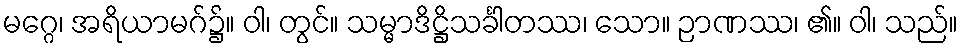
မဂ္ဂေ၊ အရိယာမဂ်၌။ ဝါ၊ တွင်။ သမ္မာဒိဋ္ဌိသင်္ခါတဿ၊ သော။ ဉာဏဿ၊ ၏။ ဝါ၊ သည်။